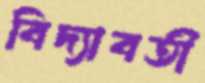
বিদ্যাবতী